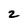
Character: 2